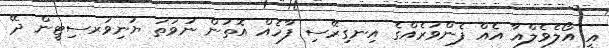
އީ އޯލެވެލްއާ އެއް ފެންވަރެއްގެ އިނގިރޭސި ފާހެއް އޮތުން ނުވަތަ ޔުނިވަރސިޓީން ދޭ